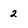
Character: 2